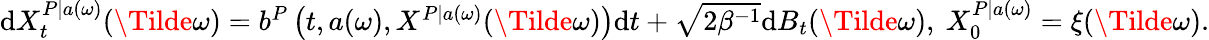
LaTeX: \begin{array}{r}{\mathrm{d}X_{t}^{P|a(\omega)}(\Tilde{\omega})=b^{P}\left(t,a(\omega),X^{P|a(\omega)}(\Tilde{\omega})\right)\mathrm{d}t+\sqrt{2\beta^{-1}}\mathrm{d}B_{t}(\Tilde{\omega}),\ X_{0}^{P|a(\omega)}=\xi(\Tilde{\omega}).}\end{array}